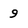
Character: 9